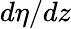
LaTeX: d\eta/dz